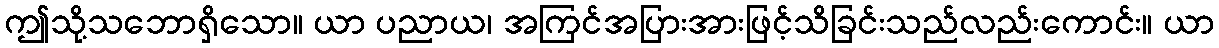
ဤသို့သဘောရှိသော။ ယာ ပညာယ၊ အကြင်အပြားအားဖြင့်သိခြင်းသည်လည်းကောင်း။ ယာ